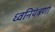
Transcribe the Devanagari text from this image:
ध्वनियंत्रणा